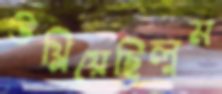
উথ্‌লিয়েছিলুম